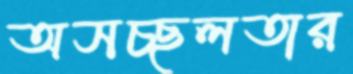
অসচ্ছলতার